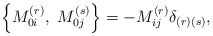
\begin{align*}\left\{ M_{0i}^{(r)},\ M_{0j}^{(s)}\right\} =-M_{ij}^{(r)}\delta _{\left(r\right) \left( s\right) }, \end{align*}